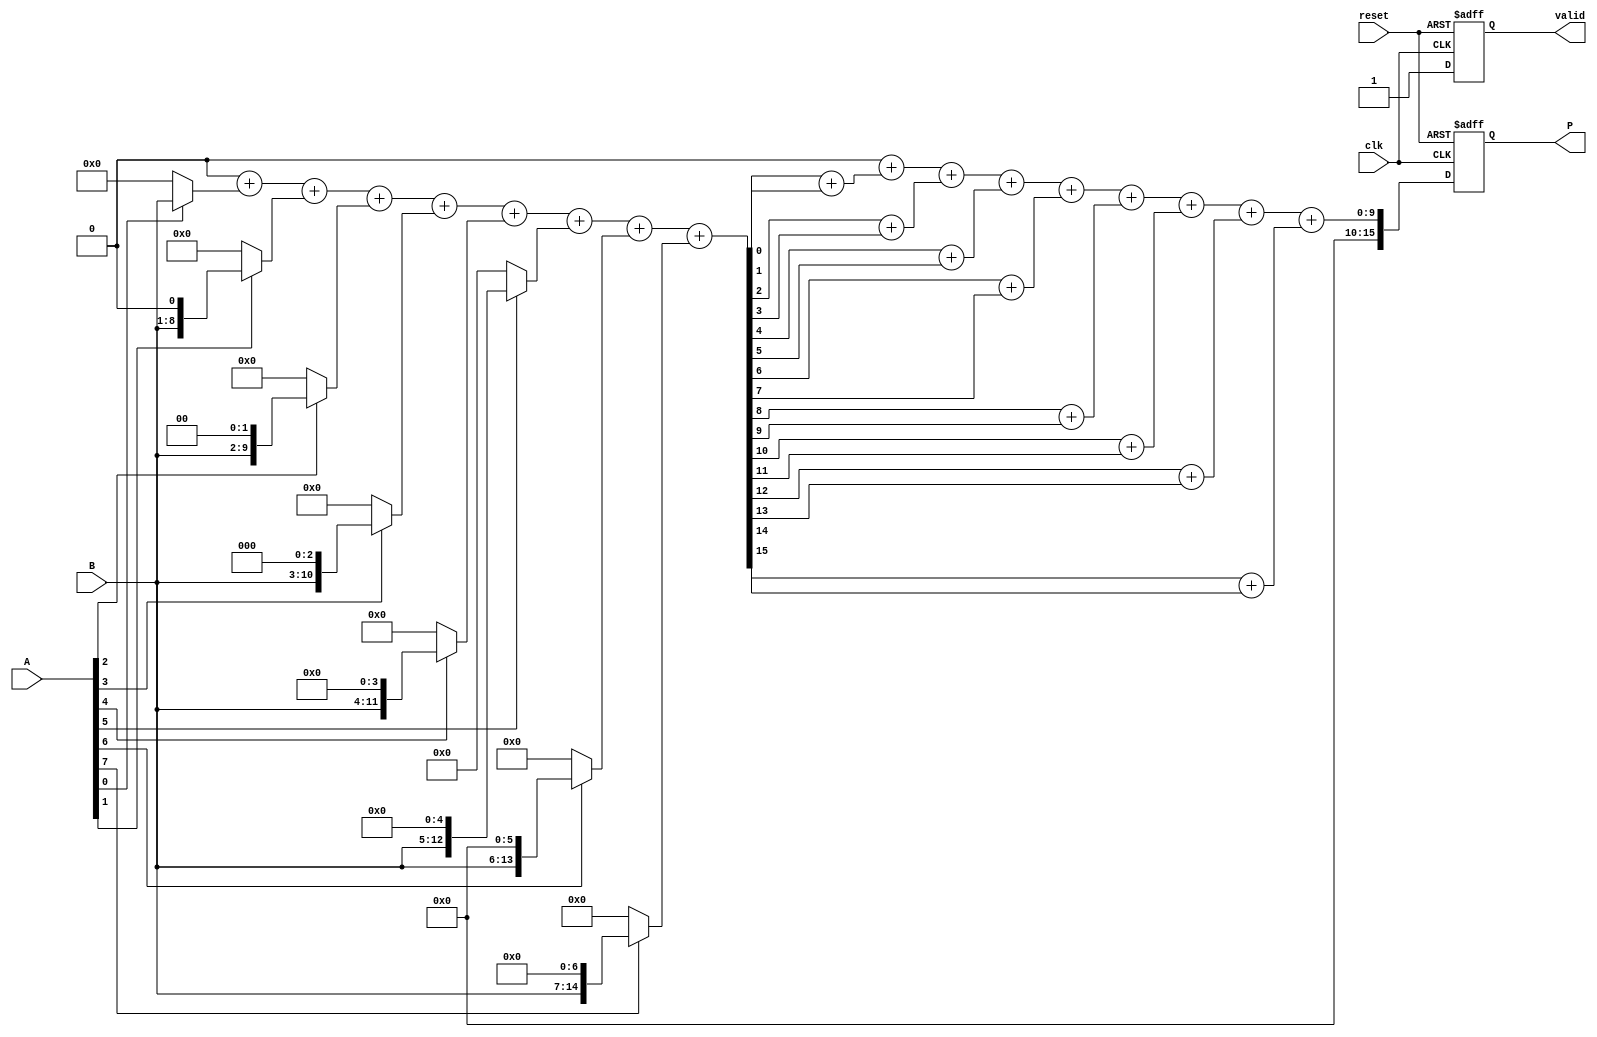
module FixedPointWallaceTreeMultiplier #(
    parameter N = 8,  // Number of bits for operand A
    parameter M = 8   // Number of bits for operand B
) (
    input  wire [N-1:0] A,      // First fixed-point operand
    input  wire [M-1:0] B,      // Second fixed-point operand
    input  wire clk,             // Clock signal
    input  wire reset,           // Asynchronous reset signal
    output reg [N+M-1:0] P,      // Product output
    output reg valid             // Signal indicating completion
);

    // Internal signals
    reg [N+M-1:0] partial_products [0:N-1]; // Partial products
    reg [N+M-1:0] level1 [0:N+M-1];          // Level 1 of the Wallace tree
    reg [N+M-1:0] level2 [0:N+M-1];          // Level 2 of the Wallace tree
    reg [N+M-1:0] final_sum;                  // Final sum
    reg [N+M-1:0] temp_sum;
    
    integer i, j;
    reg [N+M-1:0] pp_sum;

    // Generate Partial Products
    always @(*) begin
        for (i = 0; i < N; i = i + 1) begin
            partial_products[i] = A[i] ? (B << i) : 0;
        end
    end

    // Wallace Tree Reduction
    always @(posedge clk or posedge reset) begin
        if (reset) begin
            valid <= 0;
            P <= 0;
        end else begin
            // Level 1: Add partial products
            pp_sum = 0;
            for (i = 0; i < N; i = i + 1) begin
                pp_sum = pp_sum + partial_products[i];
            end

            // Level 2: Wallace Tree reduction
            // Here we can implement a simple reduction logic
            // For simplicity, assuming two levels of reduction
            temp_sum = pp_sum;
            for (j = 0; j < N + M; j = j + 1) begin
                if (j % 2 == 0) begin
                    level1[j/2] = temp_sum[j] + temp_sum[j+1];
                end
            end
            
            // Final addition of level 1 results
            final_sum = 0;
            for (j = 0; j < (N + M) / 2; j = j + 1) begin
                final_sum = final_sum + level1[j];
            end
            
            // Store the result and assert valid signal
            P <= final_sum;
            valid <= 1; // Set valid signal after multiplication
        end
    end

endmodule